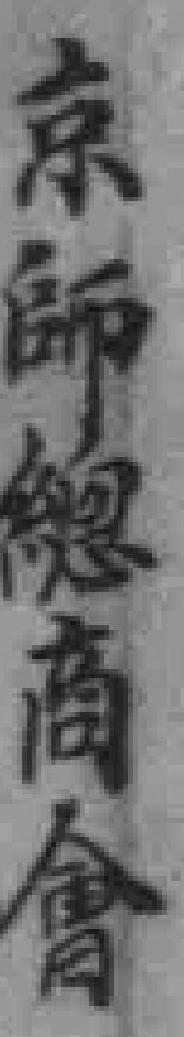
京師總商會